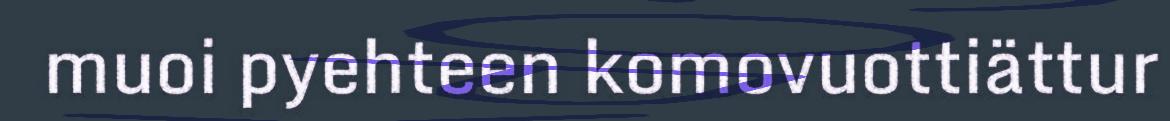
muoi pyehteen komovuottiättur